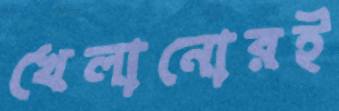
খেলানোরই